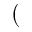
(